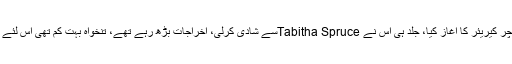
اسٹیفن نے تعلیم مکمل کرنے کے بعد بطور ٹیچر کیریئر کا آغاز کیا، جلد ہی اس نے Tabitha Spruceسے شادی کرلی، اخراجات بڑھ رہے تھے، تنخواہ بہت کم تھی اس لئے لانڈری میں پارٹ ٹائم کام کرنا شروع کر دیا۔